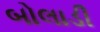
બોલાડી